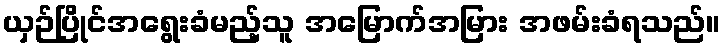
ယှဉ်ပြိုင်အရွေးခံမည့်သူ အမြောက်အမြား အဖမ်းခံရသည်။